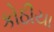
કોઠીયા